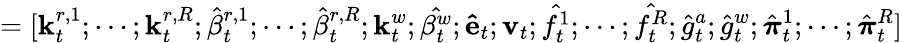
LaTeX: =[\mathbf{k}_{t}^{r,1};\cdots;\mathbf{k}_{t}^{r,R};{\hat{\beta}}_{t}^{r,1};\cdots;{\hat{\beta}}_{t}^{r,R};\mathbf{k}_{t}^{w};{\hat{\beta_{t}^{w}}};\mathbf{\hat{e}}_{t};\mathbf{v}_{t};{\hat{f_{t}^{1}}};\cdots;{\hat{f_{t}^{R}}};{\hat{g}}_{t}^{a};{\hat{g}}_{t}^{w};{\hat{\boldsymbol{\pi}}}_{t}^{1};\cdots;{\hat{\boldsymbol{\pi}}}_{t}^{R}]